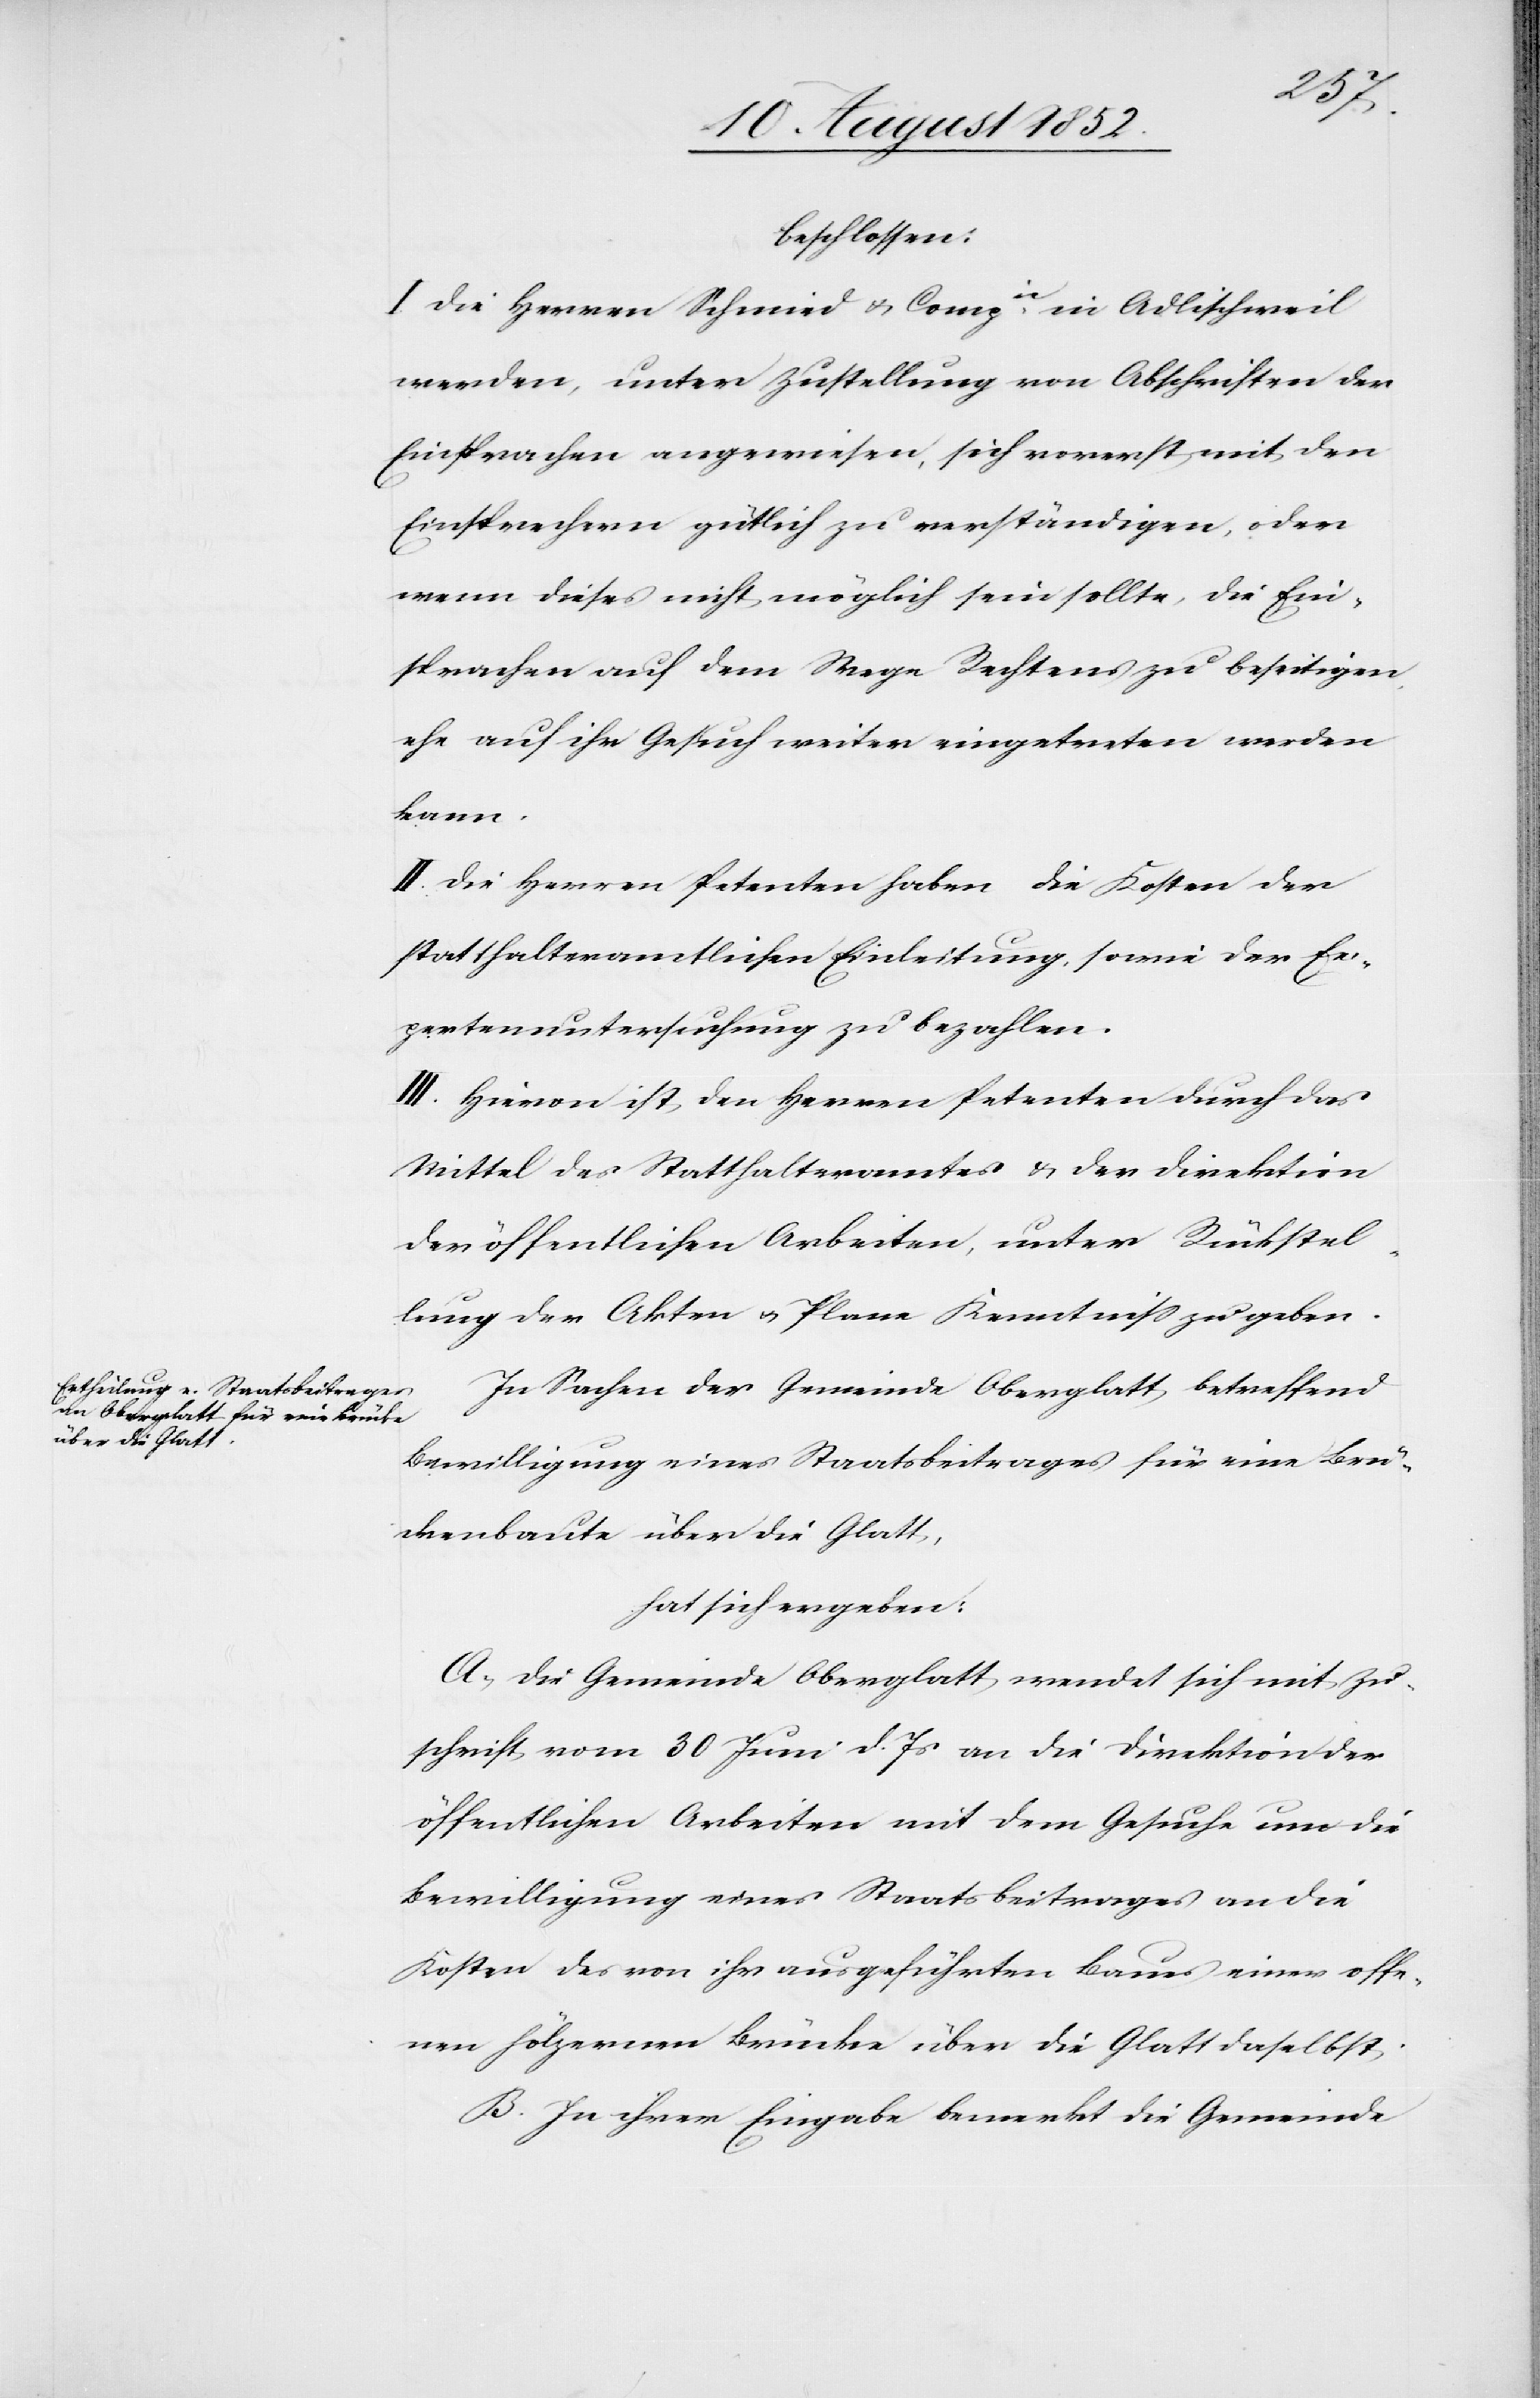
beschlossen:
I. Die Herren Schmied & Compie. in Adlischweil
werden, unter Zustellung von Abschriften der
Einsprachen angewiesen, sich vorerst mit den
Einsprechern gütlich zu verständigen, oder
wenn dieses nicht möglich sein sollte, die Ein¬
sprachen auf dem Wege Rechtens zu beseitigen,
ehe auf ihr Gesuch weiter eingetreten werden
kann.
II. Die Herren Petenten haben die Kosten der
statthalteramtlichen Einleitung, sowie der Ex¬
pertenuntersuchung zu bezahlen.
III. Hievon ist den Herren Petenten durch das
Mittel des Statthalteramtes & der Direktion
der öffentlichen Arbeiten, unter Rückstel¬
lung der Akten & Plane Kenntniss zu geben.
In Sachen der Gemeinde Oberglatt betreffend
Bewilligung eines Staatsbeitrages für eine Brü¬
ckenbaute über die Glatt,
hat sich ergeben:
A, Die Gemeinde Oberglatt wendet sich mit Zu¬
schrift vom 30 Juni d. Js an die Direktion der
öffentlichen Arbeiten mit dem Gesuche um die
Bewilligung eines Staatsbeitrages an die
Kosten des von ihr ausgeführten Baues einer offe¬
nen hölzernen Brücke über die Glatt daselbst.
B. In ihrer Eingabe bemerkt die Gemeinde